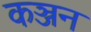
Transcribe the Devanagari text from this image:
कञ्जन